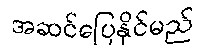
အဆင်ပြေနိုင်မည်